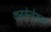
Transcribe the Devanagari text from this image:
कनसेन्ट्रेशन्स